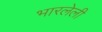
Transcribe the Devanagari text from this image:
भारलेली